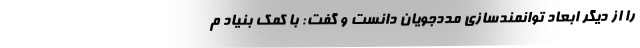
را از دیگر ابعاد توانمندسازی مددجویان دانست و گفت: با کمک بنیاد م